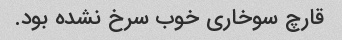
قارچ سوخاری خوب سرخ نشده بود.